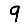
Digit: 9